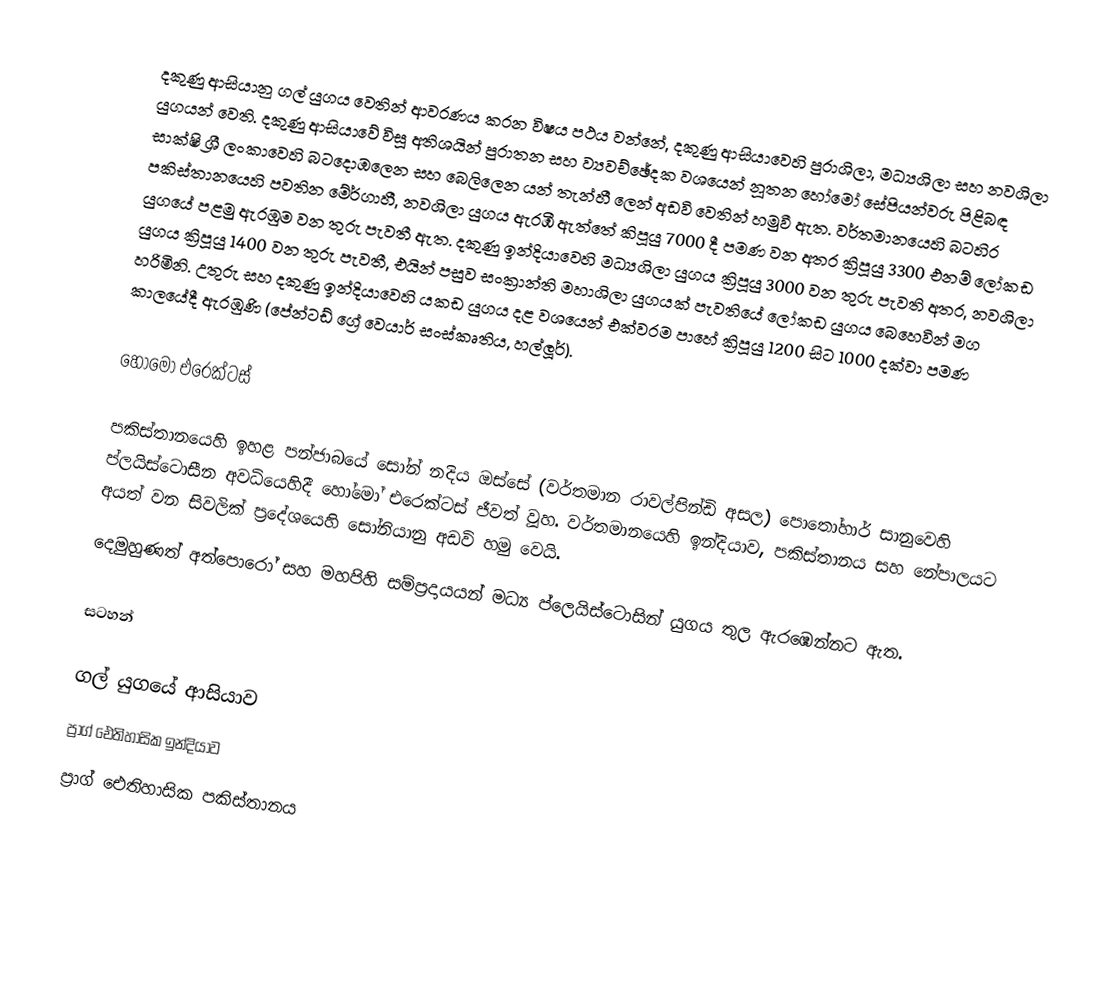
දකුණු ආසියානු ගල් යුගය වෙතින් ආවරණය කරන විෂය පථය වන්නේ,  දකුණු ආසියාවෙහි පුරාශිලා, මධ්‍යශිලා සහ නවශිලා යුගයන් වෙති. දකුණු ආසියාවේ විසූ  අතිශයින් පුරාතන සහ ව්‍යවච්ඡේදක වශයෙන් නූතන  හෝමෝ  සේපියන්වරු පිළිබඳ සාක්ෂි  ශ්‍රී ලංකාවෙහි බටදොඹලෙන සහ බෙලිලෙන  යන් තැන්හී ලෙන් අඩවි වෙතින් හමුවී ඇත.  වර්තමානයෙහි බටහිර පකිස්තානයෙහි පවතින මේර්ගාහී,  නවශිලා යුගය ඇරඹී ඇත්තේ කිපූයු  7000 දී පමණ වන අතර ක්‍රිපූයු 3300 එනම්  ලෝකඩ යුගයේ පළමු ඇරඹුම වන තුරු පැවතී ඇත. දකුණු ඉන්දියාවෙහි මධ්‍යශිලා යුගය ක්‍රිපූයු 3000 වන තුරු පැවති අතර, නවශිලා යුගය ක්‍රිපූයු 1400 වන තුරු පැවතී, එයින් පසුව  සංක්‍රාන්ති මහාශිලා යුගයක් පැවතියේ ලෝකඩ යුගය බෙහෙවින් මග හරිමිනි. උතුරු සහ දකුණු ඉන්දියාවෙහි  යකඩ යුගය දළ වශයෙන් එක්වරම පාහේ ක්‍රිපූයු   1200 සිට 1000 දක්වා පමණ කාලයේදී ඇරඹුණි  (පේන්ටඩ් ග්‍රේ වෙයාර් සංස්කෘතිය, හල්ලූර්).

හෝමෝ එරෙක්ටස්

පකිස්තානයෙහි ඉහළ පන්ජාබයේ සෝන් නදිය ඔස්සේ (වර්තමාන රාවල්පින්ඩි අසල)  පොතෝහාර් සානුවෙහි  ප්ලයිස්ටොසීන අවධියෙහිදී හෝමෝ එරෙක්ටස් ජීවත් වූහ. වර්තමානයෙහි ඉන්දියාව, පකිස්තානය සහ නේපාලයට අයත් වන සිවලික් ප්‍රදේශයෙහි සෝනියානු අඩවි  හමු වෙයි.
  දෙමුහුණත් අත්පොරෝ සහ  මහපිහි සම්ප්‍රදායයන් මධ්‍ය ප්ලෙයිස්ටොසින් යුගය තුල ඇරඹෙන්නට ඇත.

සටහන්

ගල් යුගයේ ආසියාව
ප්‍රාග් ඓතිහාසික ඉන්දියාව
ප්‍රාග් ඓතිහාසික පකිස්තානය